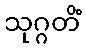
သုဂ္ဂတိံ